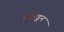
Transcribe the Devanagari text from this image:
गडबडुन